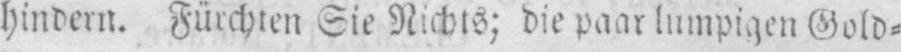
hindern. Fürchten Sie Nichts; die paar lumpigen Gold⸗